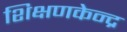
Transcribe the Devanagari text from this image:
शिक्षणकेन्द्र